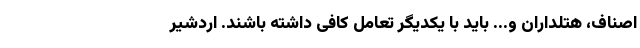
اصناف، هتلداران و... باید با یکدیگر تعامل کافی داشته باشند. اردشیر